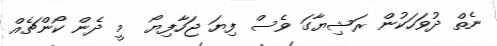
ނެތް ދުވަހަކުން ރަޝިޔާގަ ވެސް ފިޔަ ޖަހާފިޔޯ  މީ ދެން ކޯންޗެއް